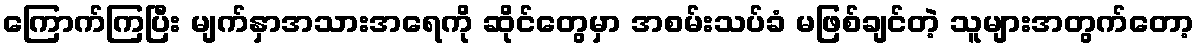
ကြောက်ကြပြီး မျက်နှာအသားအရေကို ဆိုင်တွေမှာ အစမ်းသပ်ခံ မဖြစ်ချင်တဲ့ သူများအတွက်တော့